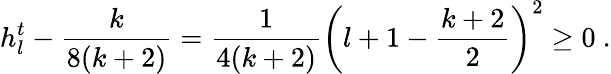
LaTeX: h_{l}^{t}-\frac{k}{8(k+2)}=\frac{1}{4(k+2)}\left(l+1-\frac{k+2}{2}\right)^{2}\geq 0~.